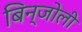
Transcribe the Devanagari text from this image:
बिन्जोली